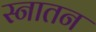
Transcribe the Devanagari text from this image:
स्नातन